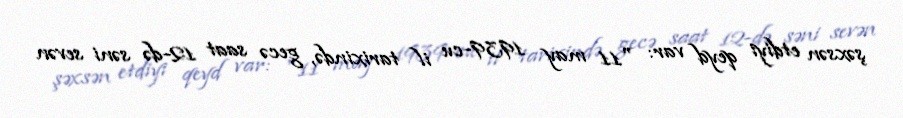
şəxsən etdiyi qeyd var: "11 may 1939-cu il tarixində, gecə saat 12-də səni sevən